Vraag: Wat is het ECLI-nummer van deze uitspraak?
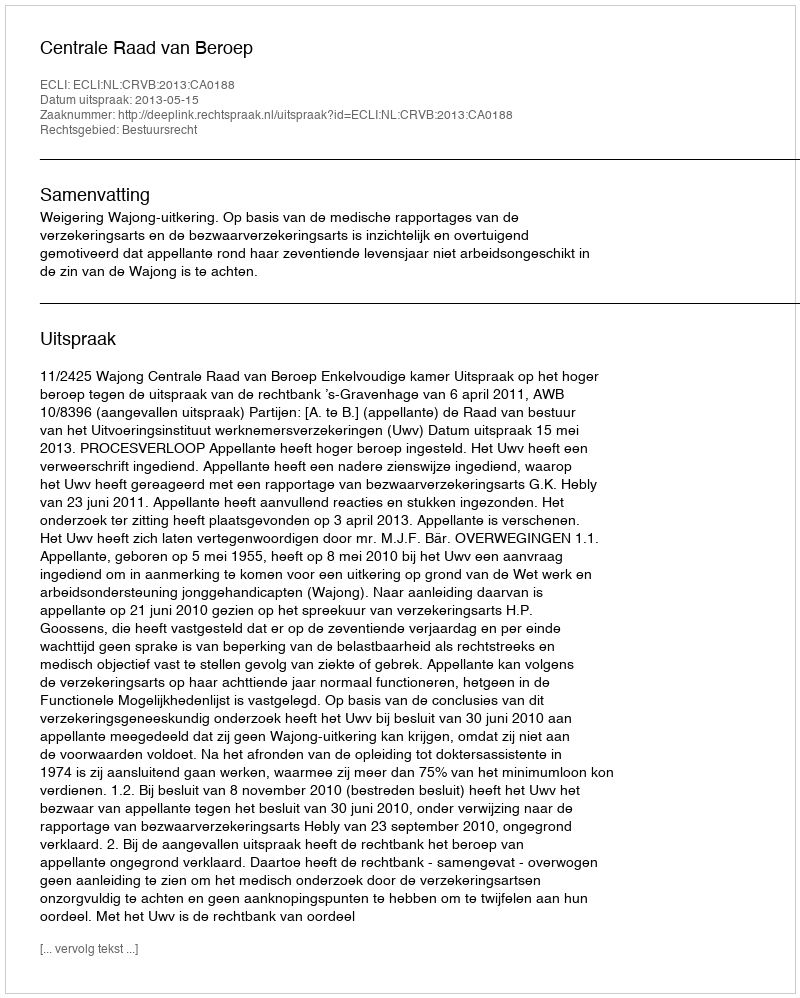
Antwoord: ECLI:NL:CRVB:2013:CA0188